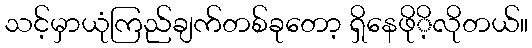
သင့်မှာယုံကြည်ချက်တစ်ခုတော့ ရှိနေဖိုိ့လိုတယ်။